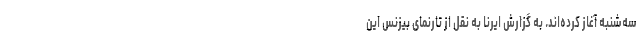
سه‌شنبه آغاز کرده‌اند. به گزارش ایرنا به نقل از تارنمای بیزنس این